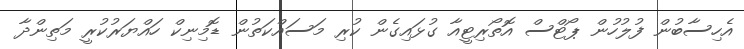
އެހިސާބުން ފުލުހުން ޕޯޓްސް އޮތޯރިޓީއާ ގުޅައިގެން ކުރި މަސައްކަތުން ޑޮމިނިކް ހައްޔަރުކުރީ މަތިންދާ